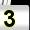
Digit: 3